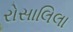
રોસાલિલા